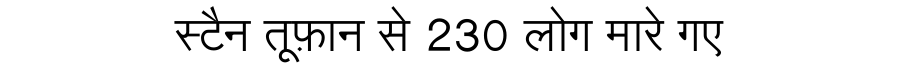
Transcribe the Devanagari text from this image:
स्टैन तूफ़ान से 230 लोग मारे गए